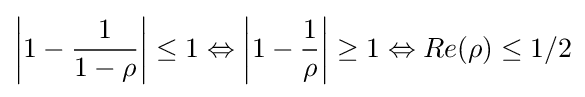
\left|1-{\frac {1}{1-\rho }}\right|\leq 1\Leftrightarrow \left|1-{\frac {1}{\rho }}\right|\geq 1\Leftrightarrow Re(\rho )\leq 1/2